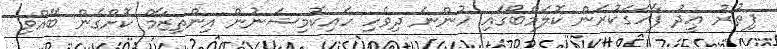
ފިޠުރު ޢީދު ފާހަގަކުރަން ކޮލަމްބޯގައި ހުންނަ ދިވެހި ހައިކޮމިޝަނުން އިންތިޒާމް ކޮށްގެން ބޭއްވި